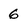
Character: 6